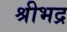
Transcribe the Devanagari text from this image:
श्रीभद्र